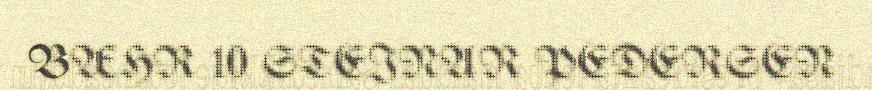
BÆHR 10 STEINAR PEDERSEN